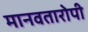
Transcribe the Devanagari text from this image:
मानवतारोपी